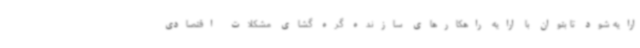
ارایه شود تا بتوان با ارایه راهکارهای سازنده گره گشای مشکلات اقتصادی